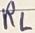
Text: RL